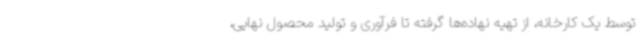
توسط یک کارخانه، از تهیه نهاده‌ها گرفته تا فرآوری و تولید محصول نهایی،